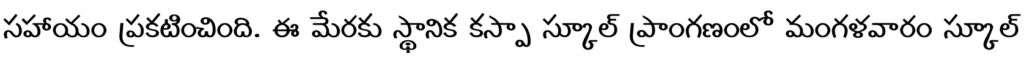
సహాయం ప్రకటించింది. ఈ మేరకు స్థానిక కస్పా స్కూల్ ప్రాంగణంలో మంగళవారం స్కూల్